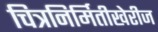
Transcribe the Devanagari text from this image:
चित्रनिर्मितीखेरीज